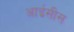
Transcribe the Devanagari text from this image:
आईसीस